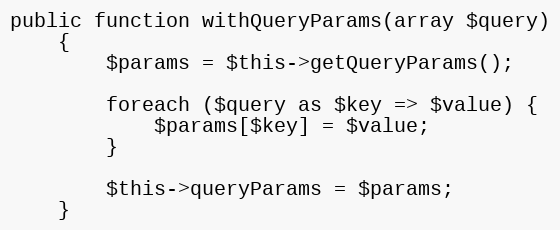
Language: PHP
public function withQueryParams(array $query)
    {
        $params = $this->getQueryParams();

        foreach ($query as $key => $value) {
            $params[$key] = $value;
        }

        $this->queryParams = $params;
    }